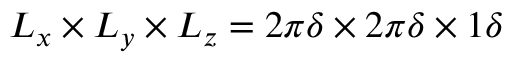
L _ { x } \times L _ { y } \times L _ { z } = 2 \pi \delta \times 2 \pi \delta \times 1 \delta